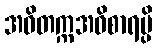
အဝိတက္ကအဝိစာရမ္ပိ